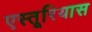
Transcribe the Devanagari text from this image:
एस्तूरियास